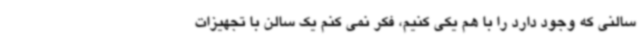
سالنی که وجود دارد را با هم یکی کنیم، فکر نمی کنم یک سالن با تجهیزات